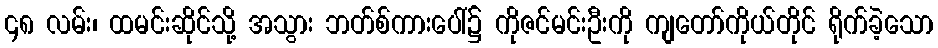
၄၈ လမ်း၊ ထမင်းဆိုင်သို့ အသွား ဘတ်စ်ကားပေါ်၌ ကိုဇင်မင်းဦးကို ကျတော်ကိုယ်တိုင် ရိုက်ခဲ့သော